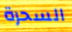
السحرة